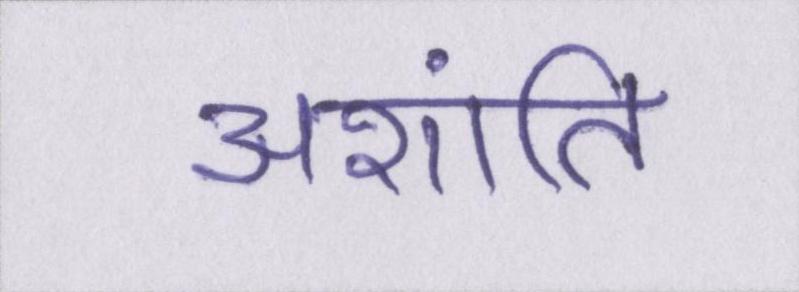
अशांति